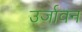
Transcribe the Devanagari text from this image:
उर्जावन